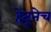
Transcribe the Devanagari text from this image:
हेतूनेच